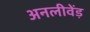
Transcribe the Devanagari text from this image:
अनलीवेंड़